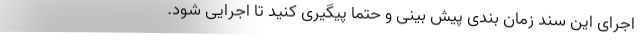
اجرای این سند زمان بندی پیش بینی و حتما پیگیری کنید تا اجرایی شود.